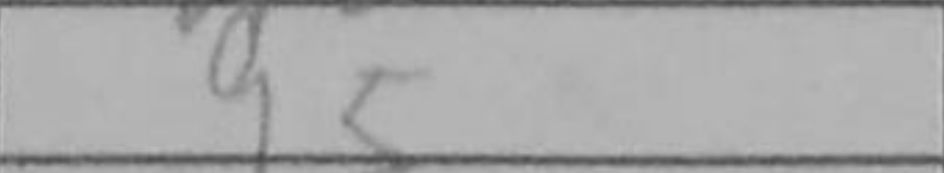
Transcription: g5